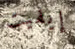
إيفيت